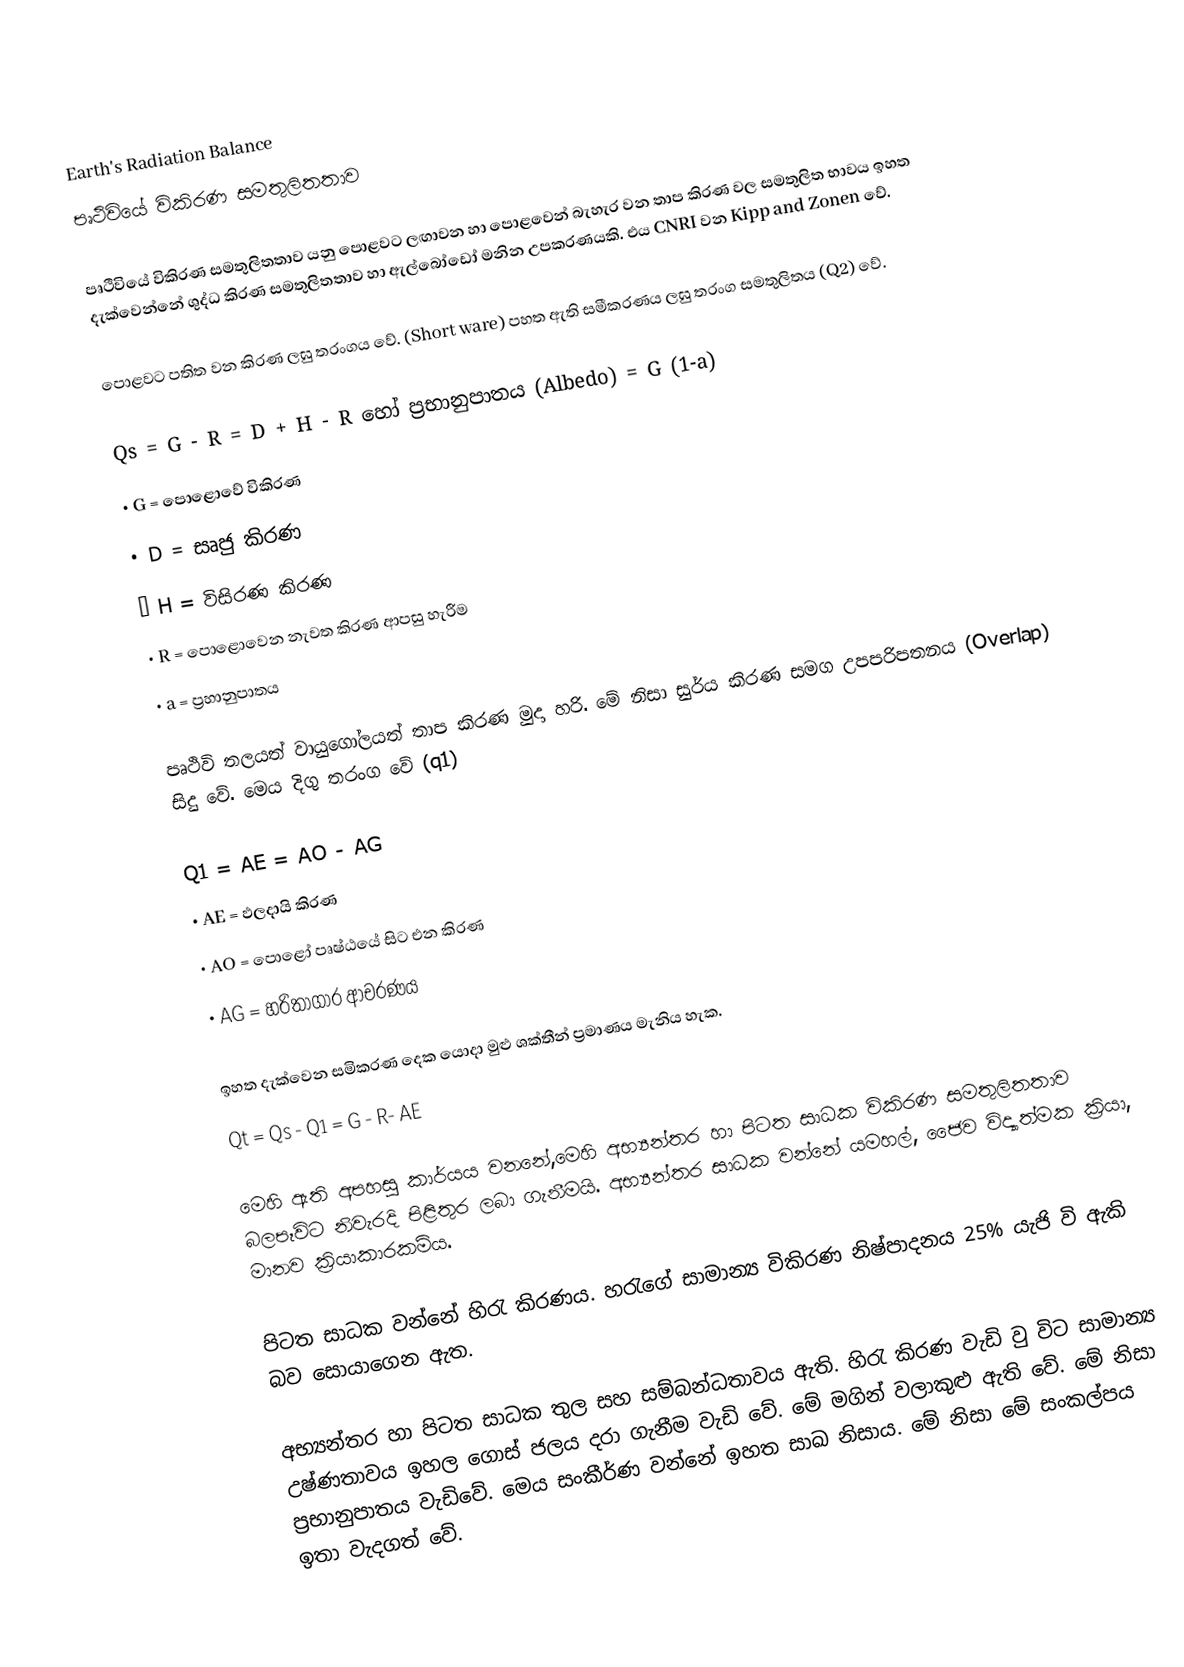
Earth's Radiation Balance
පෘථිවියේ විකිරණ සමතුලිතතාව

පෘථිවියේ විකිරණ සමතුලිතතාව යනු පොළවට ලඟාවන හා පොළවෙන් බැහැර වන තාප කිරණ වල සමතුලිත භාවය ඉහත දැක්වෙන්නේ ශුද්ධ කිරණ සමතුලිතතාව හා ඇල්බෝඩෝ මනින උපකරණයකි. එය CNRI වන Kipp and Zonen වේ.

පොළවට පතිත වන කිරණ ලඝු තරංගය වේ. (Short ware) පහත ඇති සමීකරණය ලඝු තරංග සමතුලිතය (Q2) වේ.

	Qs	=	G - R = D + H - R  හෝ ප්‍රභානුපාතය (Albedo) = G (1-a)
•	G	=	පොළොවේ විකිරණ
•	D	=	සෘජු කිරණ
•	H	=	විසිරණ කිරණ
•	R	=	පොළොවෙන නැවත කිරණ ආපසු හැරීම
•	a	=	ප්‍රහානුපාතය

පෘථිවි තලයත් වායුගෝලයත් තාප කිරණ මුදා හරි. මේ නිසා සුර්ය කිරණ සමග උපපරිපතනය (Overlap) සිදු වේ. මෙය දිගු තරංග වේ  (q1)

	Q1	=	AE = AO - AG
•	AE	=	ඵලදායි කිරණ
•	AO	=	පො‍ළෝ පෘෂ්ඨයේ සිට එන කිරණ
•	AG	=	හරිතාගාර ආචරණය

ඉහත දැක්වෙන සමිකරණ දෙක යොදා මුළු ශක්තීන් ප්‍රමාණය මැනිය හැක.
Qt = Qs - Q1 = G - R- AE

මෙහි ඇති අපහසු කාර්යය වනනේ,මෙහි අභ්‍යන්තර හා පිටත සාධක විකිරණ සමතුලිතතාව බලපෑවිට නිවැරදි පිළිතුර ලබා ගැනීමයි. අභ්‍යන්තර සාධක වන්නේ යමහල්, ජෛව විද්‍යාත්මක ක්‍රියා, මානව ක්‍රියාකාරකම්ය.

	පිටත සාධක වන්නේ හිරැ කිරණය. හරැගේ සාමාන්‍ය විකිරණ නිෂ්පාදනය 25% යැජි වි ඇකි බව සොයාගෙන ඇත.

	අභ්‍යන්තර හා පිටත සාධක තුල සහ සම්බන්ධතාවය ඇති. හිරැ කිරණ වැඩි වු විට සාමාන්‍ය උෂ්ණතාවය ඉහල ගොස් ජලය දරා ගැනීම වැඩි වේ. මේ මගින් වලාකුළු ඇති වේ. මේ නිසා ප්‍රභානුපාතය වැඩිවේ. මෙය සංකීර්ණ වන්නේ ඉහත සාඛ නිසාය.  මේ නිසා මේ සංකල්පය ඉතා වැදගත් වේ.